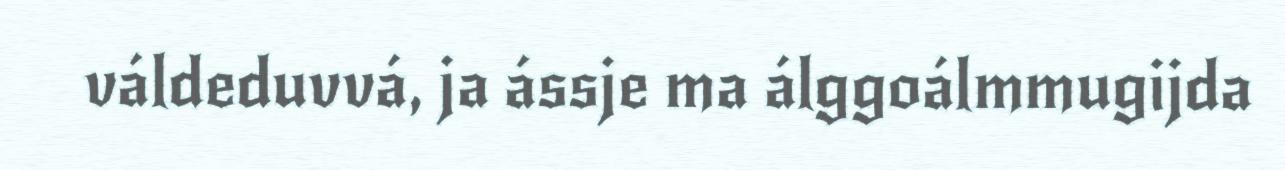
váldeduvvá, ja ássje ma álggoálmmugijda